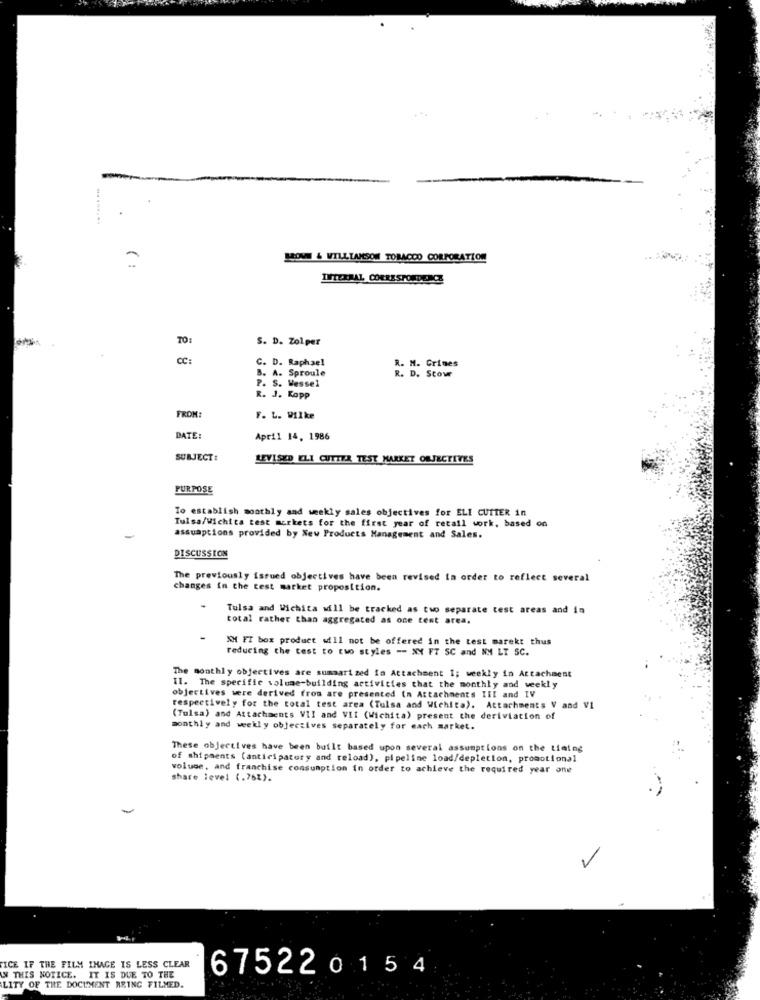
LOVE & WILLIAMSOM TOBACCO CORPORATION
INTERNAL CORRESPONDENCE
TO:
S. D. Zolper
CC:
C. D. Raphael
R. M. Crines
B. A. Sproule
P. S. Wessel
R. D. Stowe
R. J. Kopp
FROM:
F. L. Wilke
DATE:
April 14, 1986
SUBJECT:
LEVISED ELI CUTIZA TEST MARKET OBJECTIVES
PURPOSE
To establish monthly and weekly sales objectives for ELI CUTTER in
Tulsa/Wichita test mcrkets for the first year of retail work, based on
assumptions provided by New Products Management and Sales.
DISCUSSION
The previously issued objectives have been revised in order to reflect several
changes in the test market proposition.
Tulsa and Wichita will be tracked as two separate test areas and in
total rather than aggregated as one test area.
XM FI box product will not be offered in the test marekt thus
reducing the test to two styles -- XX FT SC and NM LT SC.
The monthly objectives are summarized io Attachment I; weekly in Attachment
. The specific volume-building activities that the monthly and weekly
objectives were derived from are presented in Attachments III and IV
respectively for the total test area (Tulsa and Wichita). Attachments V and VI
(Tulsa) and Attachments VII and VII (Wichita) present the deriviation of
monthly and weekly objectives separately for each market.
These objectives have been built based upon several assumptions on the timing
of shipments (anticipatory and reload), pipeline load/depletion, promotional
volume, and franchise consumption in order to achieve the required year one
share level (.76%).
TICE IF THE FILM IMAGE IS LESS CLEAR
675220154
LW THIS NOTICE. IT IS DUE TO THE
LITY OF THE DOCUMENT ARING FILMED.